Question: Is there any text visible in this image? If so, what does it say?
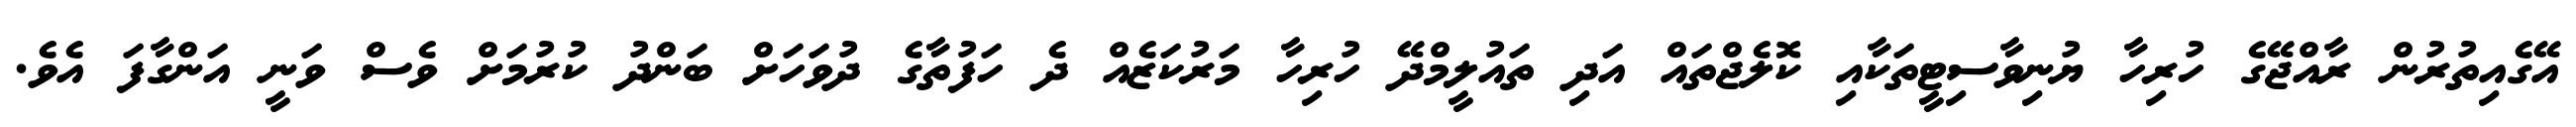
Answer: އޭގެއިތުރުން ރާއްޖޭގެ ހުރިހާ ޔުނިވާސިޓީތަކާއި ކޮލެޖްތައް އަދި ތައުލީމްދޭ ހުރިހާ މަރުކަޒެއް ދެ ހަފުތާގެ ދުވަހަށް ބަންދު ކުރުމަށް ވެސް ވަނީ އަންގާފަ އެވެ.